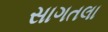
સાગતલા